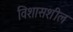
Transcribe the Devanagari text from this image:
विशासशील